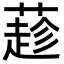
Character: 𦼛